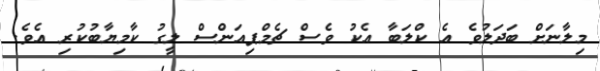
މިލާނަށް ބަދަލުވެ އެ ކްލަބާ އެކު ވެސް ޗެމްޕިއަންސް ލީގު ކާމިޔާބުކުރި އެވެ.